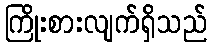
ကြိုးစားလျက်ရှိသည်